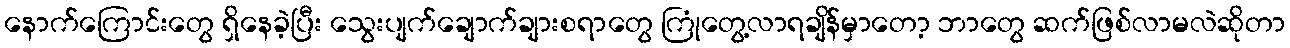
နောက်ကြောင်းတွေ ရှိနေခဲ့ပြီး သွေးပျက်ချောက်ချားစရာတွေ ကြုံတွေ့လာရချိန်မှာတော့ ဘာတွေ ဆက်ဖြစ်လာမလဲဆိုတာ